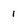
Character: 1